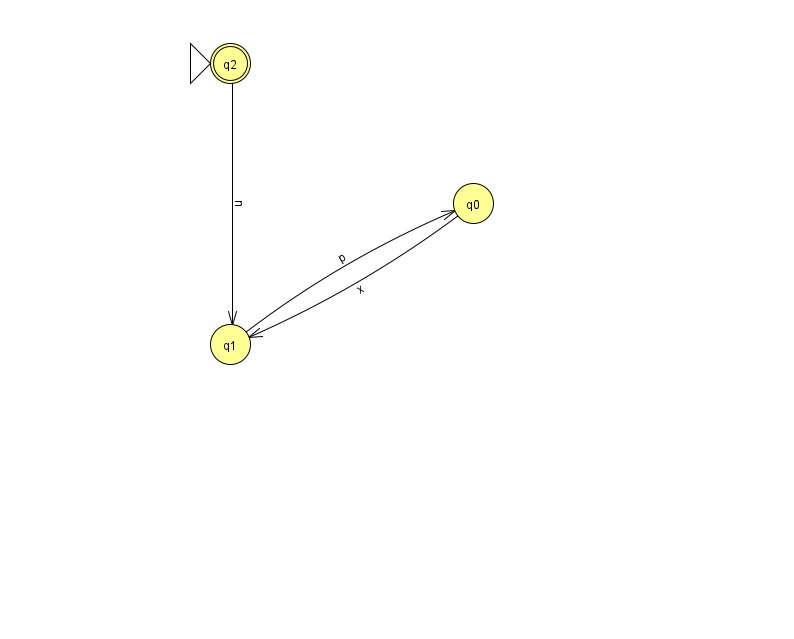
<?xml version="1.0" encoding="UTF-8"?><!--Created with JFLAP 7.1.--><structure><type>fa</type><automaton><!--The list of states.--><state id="0" name="q0"><x>473.0</x><y>190.0</y></state><state id="1" name="q1"><x>230.0</x><y>331.0</y></state><state id="2" name="q2"><x>230.0</x><y>50.0</y><initial/><final/></state><!--The list of transitions.--><transition><from>0</from><to>1</to><read>x</read></transition><transition><from>2</from><to>1</to><read>n</read></transition><transition><from>1</from><to>0</to><read>p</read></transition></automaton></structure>